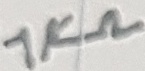
Text: 1KΩ